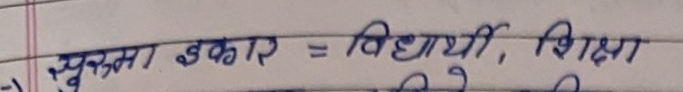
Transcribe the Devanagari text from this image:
युक्त इकाई = विद्यार्थी, शिक्षा